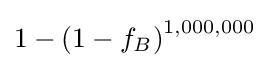
1-\left(1-f_{B}\right)^{1,000,000}